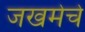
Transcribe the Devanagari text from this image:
जखमेचे